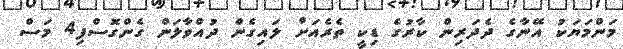
މަންމަޔަކު އޭނާގެ ދެދަރިން ކާރުގެ ޑިކީ ތެރެއަށް ލައިގެން ދުއްވާލަން ގެންގޮސްފި4 މަސް